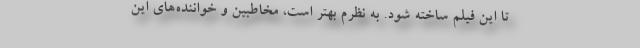
تا این فیلم ساخته شود. به نظرم بهتر است، مخاطبین و خواننده‌های این